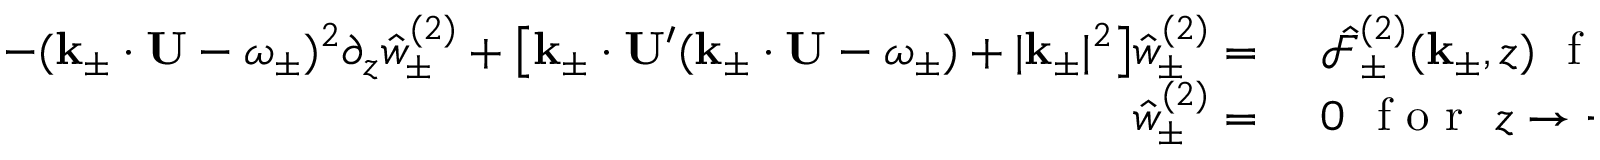
\begin{array} { r l } { - ( \mathbf { k } _ { \pm } \cdot \mathbf { U } - \omega _ { \pm } ) ^ { 2 } \partial _ { z } \hat { w } _ { \pm } ^ { ( 2 ) } + \big [ \mathbf { k } _ { \pm } \cdot \mathbf { U } ^ { \prime } ( \mathbf { k } _ { \pm } \cdot \mathbf { U } - \omega _ { \pm } ) + | \mathbf { k } _ { \pm } | ^ { 2 } \big ] \hat { w } _ { \pm } ^ { ( 2 ) } = ~ } & { { } \hat { \mathcal { F } } _ { \pm } ^ { ( 2 ) } ( \mathbf { k } _ { \pm } , z ) ~ \mathrm { ~ f ~ o ~ r ~ } ~ z = \eta , } \\ { \hat { w } _ { \pm } ^ { ( 2 ) } = ~ } & { { } 0 ~ \mathrm { ~ f ~ o ~ r ~ } ~ z \to - \infty . } \end{array}